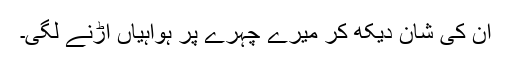
ان کی شان دیکھ کر میرے چہرے پر ہواہیاں اڑنے لگی۔